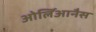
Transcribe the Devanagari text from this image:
ओर्लिआनैस